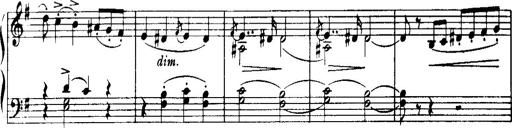
Title: Historische ungarische Bildnisse
Composer: Franz Liszt